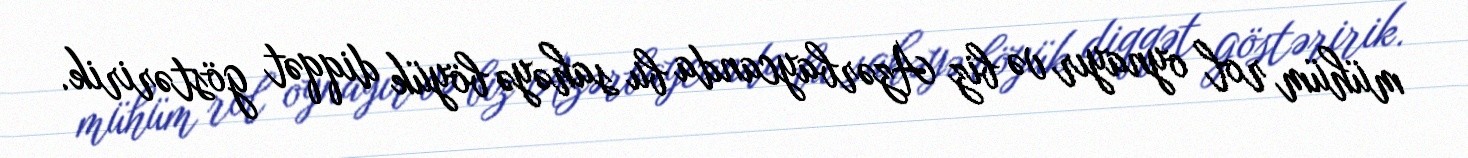
mühüm rol oynayır və biz Azərbaycanda bu sahəyə böyük diqqət göstəririk.